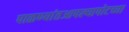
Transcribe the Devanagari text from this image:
पाळण्यांतआपल्यापोटच्या